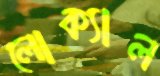
লোক্যাল